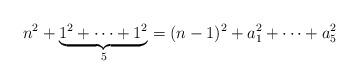
LaTeX: \begin{align*}n^2 + \underbrace{1^2+\dotsb+1^2}_{5} = (n-1)^2 + a_1^2 + \dotsb + a_5^2\end{align*}